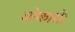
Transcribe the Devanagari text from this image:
बोकारो।